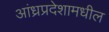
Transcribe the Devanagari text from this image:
आंध्रप्रदेशामधील